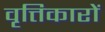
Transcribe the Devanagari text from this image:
वृत्तिकारों